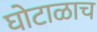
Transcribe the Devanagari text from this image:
घोटाळाच